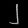
Digit: ၂